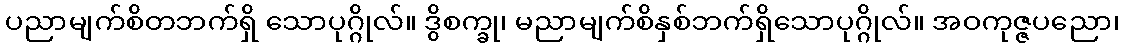
ပညာမျက်စိတဘက်ရှိ သောပုဂ္ဂိုလ်။ ဒွိစက္ခု၊ မညာမျက်စိနှစ်ဘက်ရှိသောပုဂ္ဂိုလ်။ အဝကုဇ္ဇပညော၊